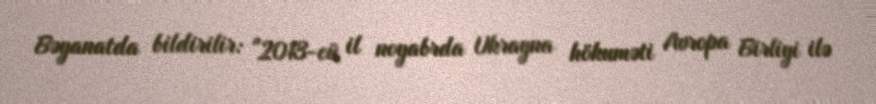
Bəyanatda bildirilir: "2013-cü il noyabrda Ukrayna hökuməti Avropa Birliyi ilə